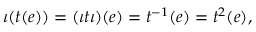
\iota ( t ( e ) ) = ( \iota t \iota ) ( e ) = t ^ { - 1 } ( e ) = t ^ { 2 } ( e ) ,